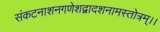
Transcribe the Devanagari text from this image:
संकटनाशनगणेशद्वादशनामस्तोत्रम्।।